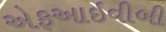
એફઆઇવીબી